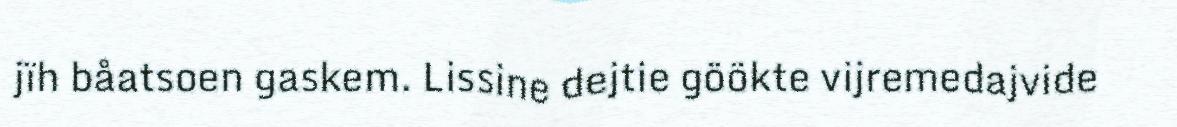
jïh båatsoen gaskem. Lissine dejtie göökte vijremedajvide